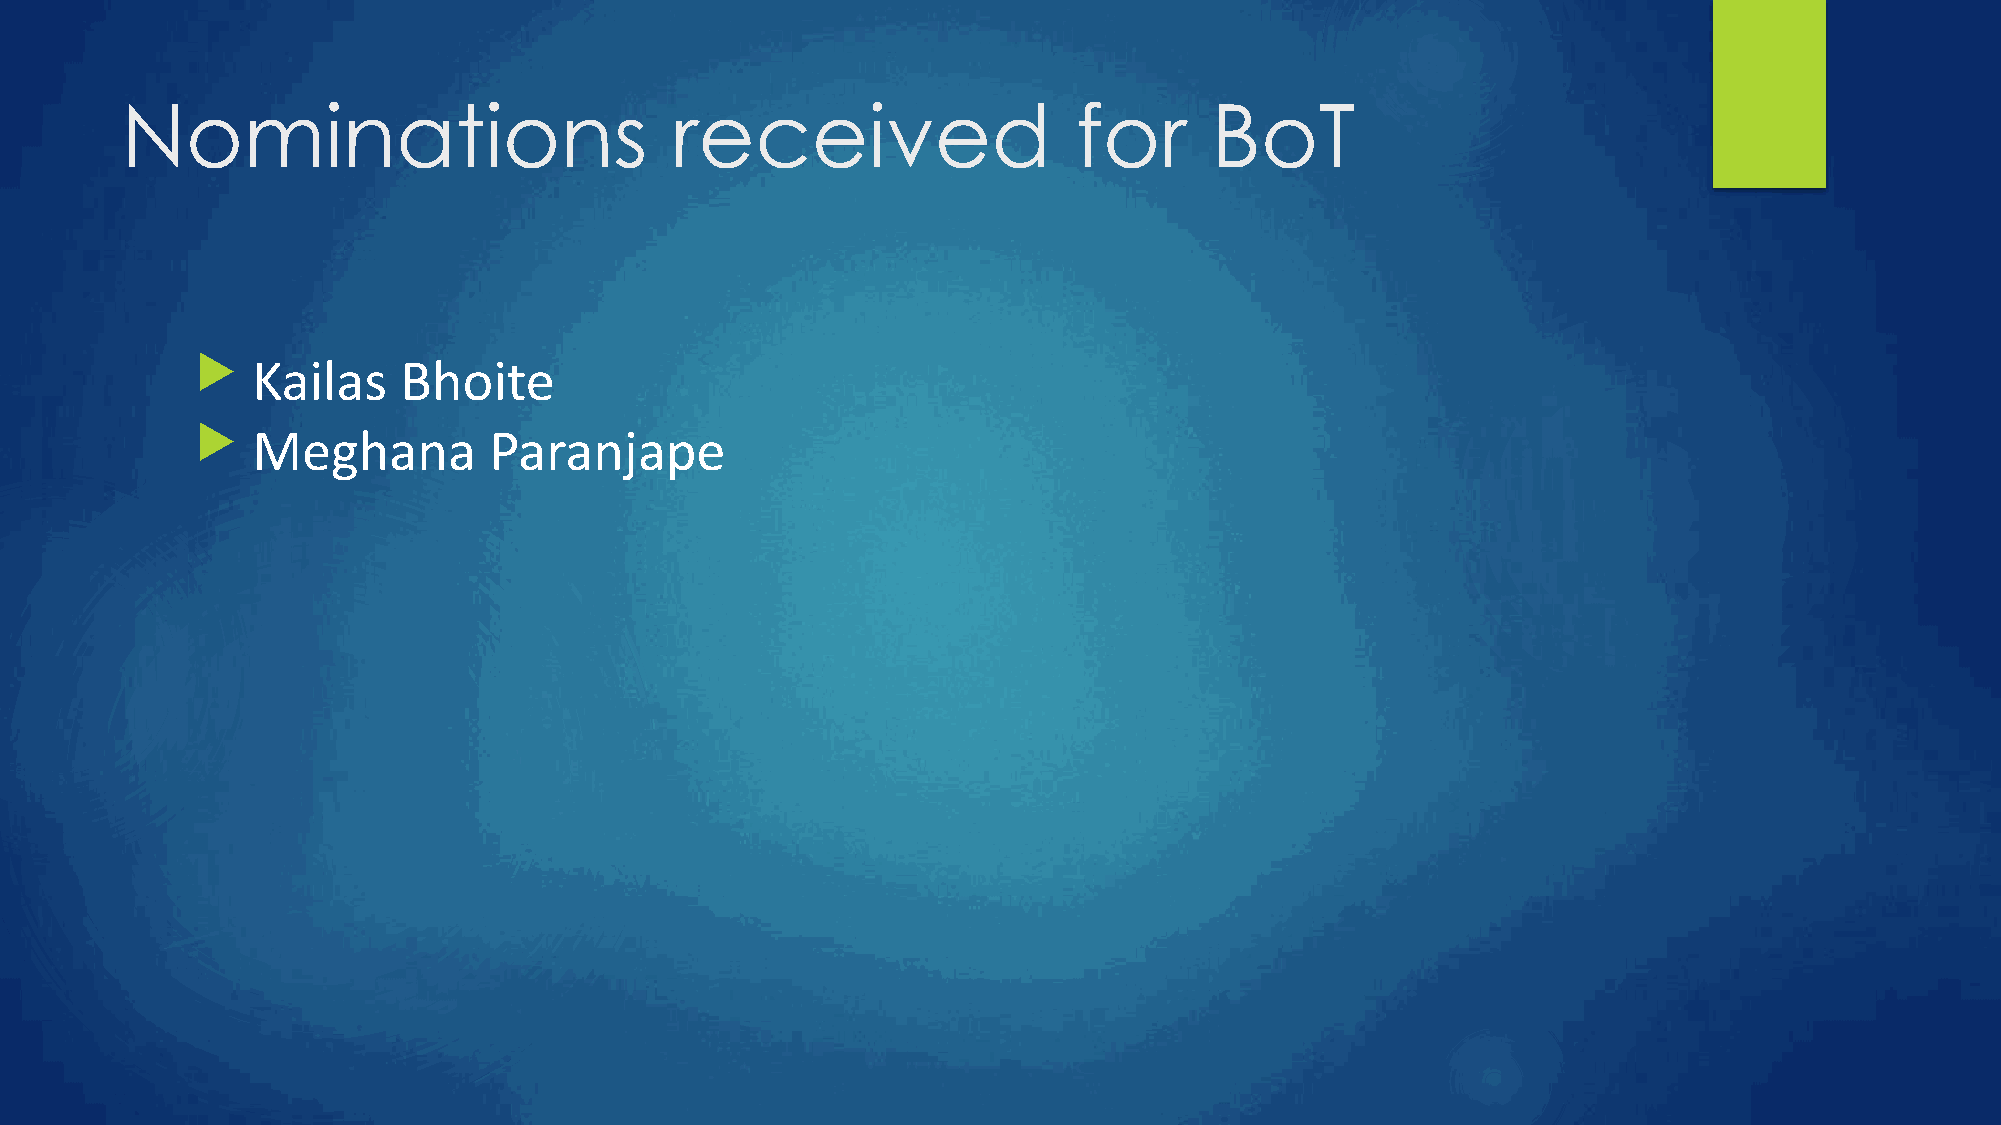
Nominations                         received                   for      BoT
    Kailas   Bhoite
    Meghana        Paranjape